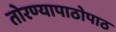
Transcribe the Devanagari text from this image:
तोरण्यापाठोपाठ